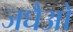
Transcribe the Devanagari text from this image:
जघैओ